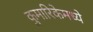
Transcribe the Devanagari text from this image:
कुमारिकेमध्ये